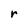
Character: r